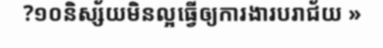
?១០និស្ស័យមិនល្អធ្វើឲ្យការងារបរាជ័យ »